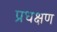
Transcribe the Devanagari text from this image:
प्रधक्षण